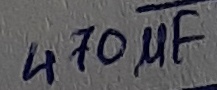
Text: 470µF